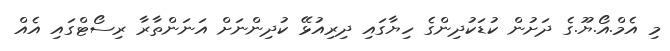
މި އެމް.އޯ.ޔޫ.ގެ ދަށުން ކުޑަކުދިންގެ ހިޔާގައި ދިރިއުޅޭ ކުދިންނަށް އަނަންތާރާ ރިސޯޓްގައި އެއް